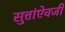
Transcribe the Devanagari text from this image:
सुत्तांऐवजी